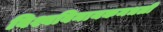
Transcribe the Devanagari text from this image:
विश्वविनायकमधली